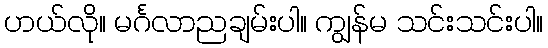
ဟယ်လို။ မင်္ဂလာညချမ်းပါ။ ကျွန်မ သင်းသင်းပါ။